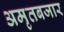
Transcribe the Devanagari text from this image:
अमृतबजार